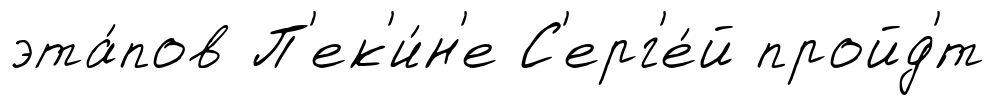
эта́пов П'ек'и́н'е С'ерг'е́й пройд'́т